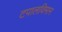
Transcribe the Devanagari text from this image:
टपालविमान